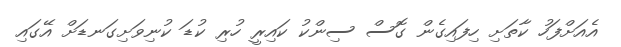
އެއަށްފަހު ކާތަށި ހިފައިގެން ގޮސް ސިންކު ކައިރީ ހުރި ކުޑަ ކުނިވަށިގަނޑަށް އޭގައި